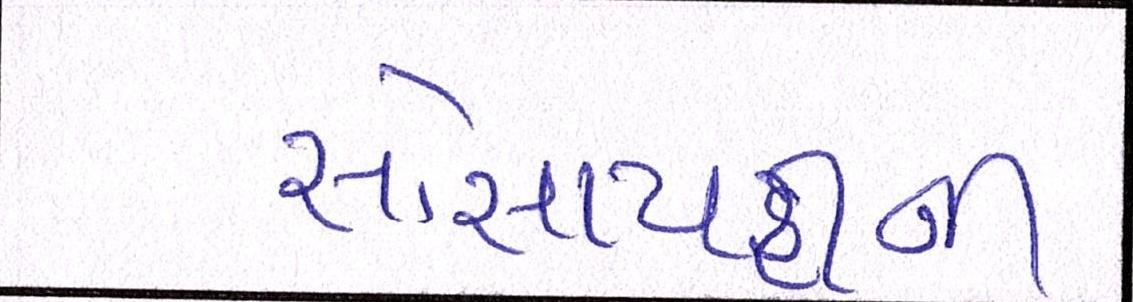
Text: સોસાયટીની